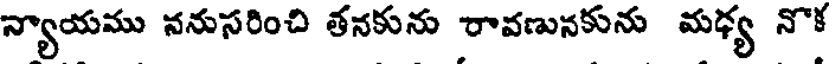
న్యాయము ననుసరించి తనకును రావణునకును మధ్య నొక